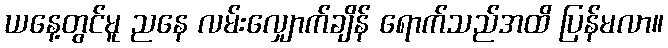
ယနေ့တွင်မူ ညနေ လမ်းလျှောက်ချိန် ရောက်သည်အထိ ပြန်မလာ။